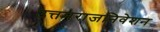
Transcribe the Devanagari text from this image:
उत्तमराजनिवेशन